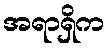
အရာရှိက